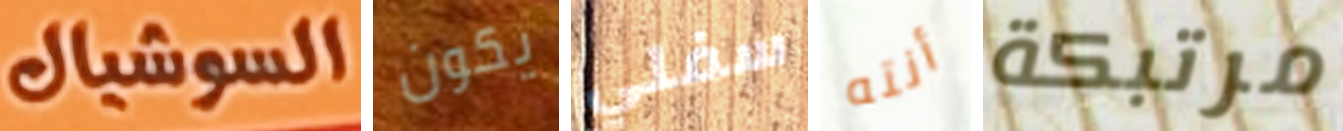
السوشيال يكون سفلي أنته مرتبكة